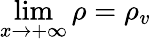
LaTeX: \operatorname*{lim}_{x\rightarrow+\infty}\rho=\rho_{v}